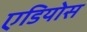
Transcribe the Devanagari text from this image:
एडियोस